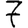
Digit: 7